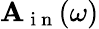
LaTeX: \mathbf{A}_{\mathrm{{~i~n~}}}(\omega)